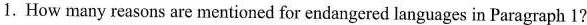
1.How many reasons are mentioned for endangered languages in Paragraph 1?